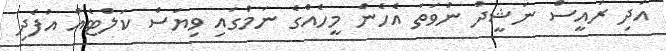
އަދި ރައީސް ނަޝީދު ނުވަތަ އެހެން މީހެއްގެ ނަމުގައި ވިޔަސް ކަލްޓެއް އުފެދި